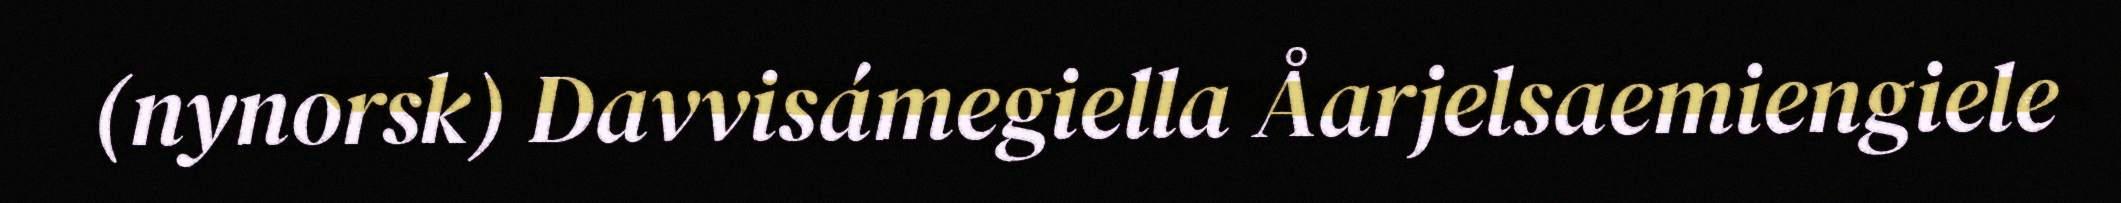
(nynorsk) Davvisámegiella Åarjelsaemiengiele